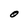
Character: O